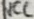
Text: VCC